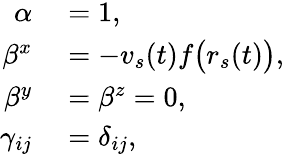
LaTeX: \begin{array}{rl}{\alpha}&{{}=1,}\\ {\beta^{x}}&{{}=-v_{s}(t)f{\big(}r_{s}(t){\big)},}\\ {\beta^{y}}&{{}=\beta^{z}=0,}\\ {\gamma_{ij}}&{{}=\delta_{ij},}\end{array}